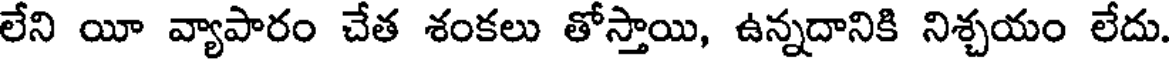
లేని యీ వ్యాపారం చేత శంకలు తోస్తాయి, ఉన్నదానికి నిశ్చయం లేదు.